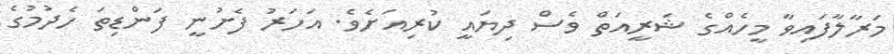
މަރާލާފައިވާ މީހެއްގެ ޝަރީއަތް ވެސް ދިޔައީ ކުރިއަށެވެ. އަހަރު ފެށުނީ ފަންޑިތަ ހެދުމުގެ